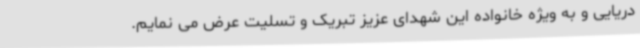
دریایی و به ویژه خانواده این شهدای عزیز تبریک و تسلیت عرض می نمایم.